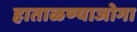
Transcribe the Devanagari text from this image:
हाताळण्याजोगा